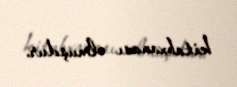
kitabxanası olmuşdur.